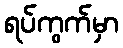
ရပ်ကွက်မှာ